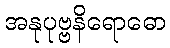
အနုပုဗ္ဗနိရောဓော